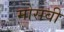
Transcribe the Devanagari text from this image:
मोसवी